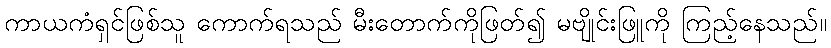
ကာယကံရှင်ဖြစ်သူ ကောက်ရသည် မီးတောက်ကိုဖြတ်၍ မဗျိုင်းဖြူကို ကြည့်နေသည်။